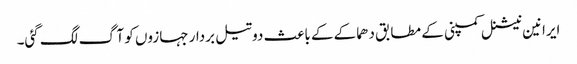
ایرانین نیشنل کمپنی کے مطابق دھماکے کے باعث دو تیل بردار جہازوں کو آگ لگ گئی۔